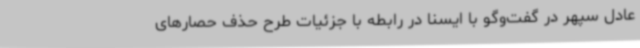
عادل سپهر در گفت‌وگو با ایسنا در رابطه با جزئیات طرح حذف حصارهای